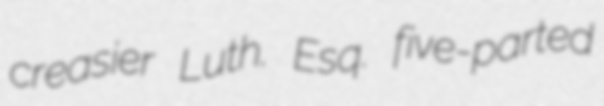
creasier Luth. Esq. five-parted